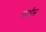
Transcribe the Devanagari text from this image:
साथीस